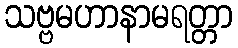
သဗ္ဗမဟာနာမရတ္တာ